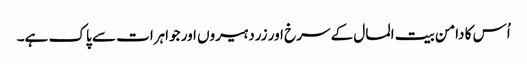
اُس کا دامن بیت المال کے سرخ اور زرد ہیروں اور جواہرات سے پاک ہے۔